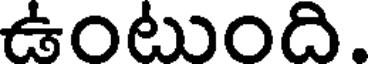
ఉంటుంది.